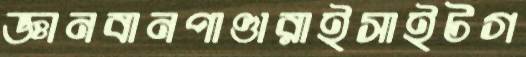
জ্ঞানবানপাণ্ডারাইসাইটগ